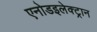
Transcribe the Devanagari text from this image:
एनोडइलेक्ट्रान